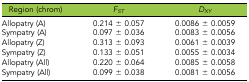
| Region (chrom) | FST | DXY |
 | --- | --- | --- |
 | Allopatry (A) | 0.214 ± 0.057 | 0.0086 ± 0.0059 |
 | Sympatry (A) | 0.097 ± 0.036 | 0.0083 ± 0.0056 |
 | Allopatry (Z) | 0.313 ± 0.093 | 0.0061 ± 0.0039 |
 | Sympatry (Z) | 0.133 ± 0.051 | 0.0055 ± 0.0034 |
 | Allopatry (All) | 0.220 ± 0.064 | 0.0085 ± 0.0058 |
 | Sympatry (All) | 0.099 ± 0.038 | 0.0081 ± 0.0056 |